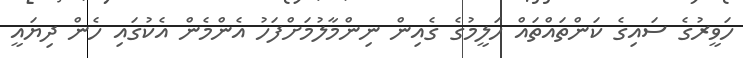
ހަވީރުގެ ސައިގެ ކަންތައްތައް ހަލީމުގެ ގެއިން ނިންމާލުމަށްފަހު އެންމެން އެކުގައި ހެން ދިޔައީ